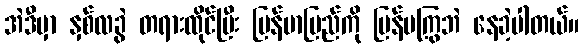
အဲဒီမှာ နှစ်လခွဲ တရားထိုင်ပြီး မြန်မာပြည်ကို ပြန်မကြွဘဲ နေခဲ့ပါတယ်။